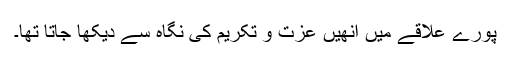
پورے علاقے میں انھیں عزت و تکریم کی نگاہ سے دیکھا جاتا تھا۔